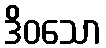
ဒိဝသော